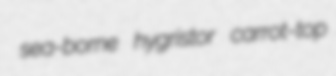
sea-borne hygristor carrot-top